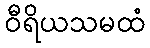
ဝီရိယသမထံ